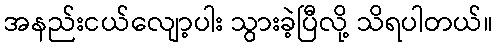
အနည်းငယ်လျော့ပါး သွားခဲ့ပြီလို့ သိရပါတယ်။